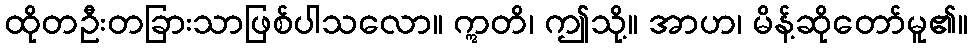
ထိုတဦးတခြားသာဖြစ်ပါသလော။ ဣတိ၊ ဤသို့။ အာဟ၊ မိန့်ဆိုတော်မူ၏။